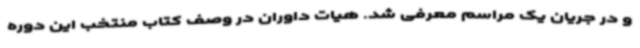
و در جریان یک مراسم معرفی شد. هیات داوران در وصف کتاب منتخب این دوره